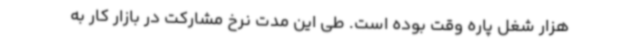
هزار شغل پاره وقت بوده است. طی این مدت نرخ مشارکت در بازار کار به